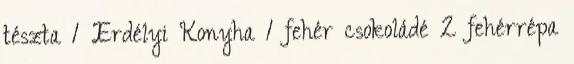
tészta 1 Erdélyi Konyha 1 fehér csokoládé 2 fehérrépa